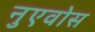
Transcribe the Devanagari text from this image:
नुएवोस